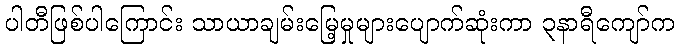
ပါတီဖြစ်ပါကြောင်း သာယာချမ်းမြေ့မှုများပျောက်ဆုံးကာ ၃နာရီကျော်က